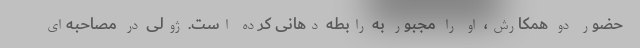
حضور دو همکارش، او را مجبور به رابطه دهانی کرده است. ژولی در مصاحبه‌ای